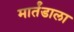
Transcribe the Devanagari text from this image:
मार्तंडाला